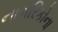
નાગરિકોના